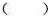
()